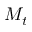
M _ { t }